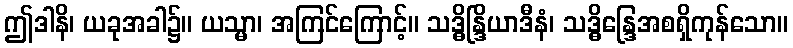
ဤဒါနိ၊ ယခုအခါ၌။ ယသ္မာ၊ အကြင်ကြောင့်။ သဒ္ဓိန္ဒြိယာဒီနံ၊ သဒ္ဓိန္ဒြေအစရှိကုန်သော။